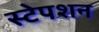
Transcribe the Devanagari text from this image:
स्‍टेपशन